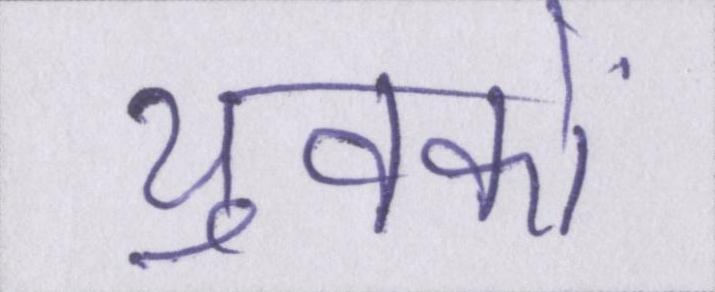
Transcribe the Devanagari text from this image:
युवकों